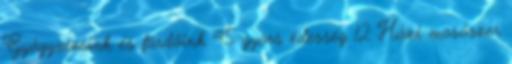
Gyógyvizeink és fürdőink 45 gyors édesség 12 Házi mosószer